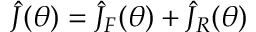
\hat { J } ( \theta ) = \hat { J } _ { F } ( \theta ) + \hat { J } _ { R } ( \theta )